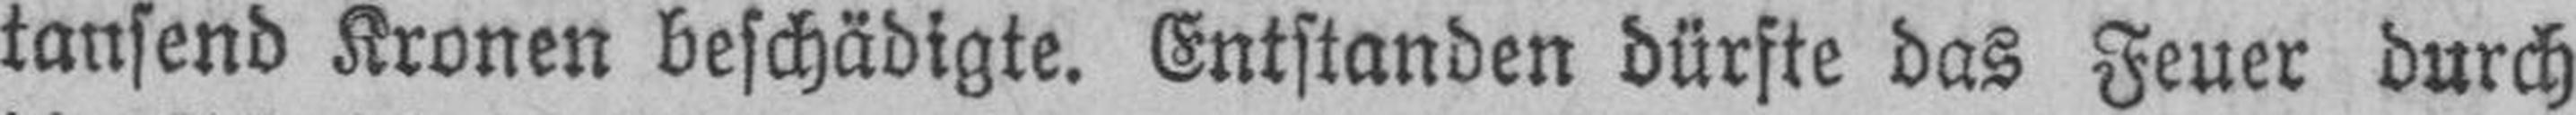
tansend Kronen beschädigte. Entstanden dürfte das Feuer durch